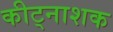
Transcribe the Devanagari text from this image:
कीट्नाशक